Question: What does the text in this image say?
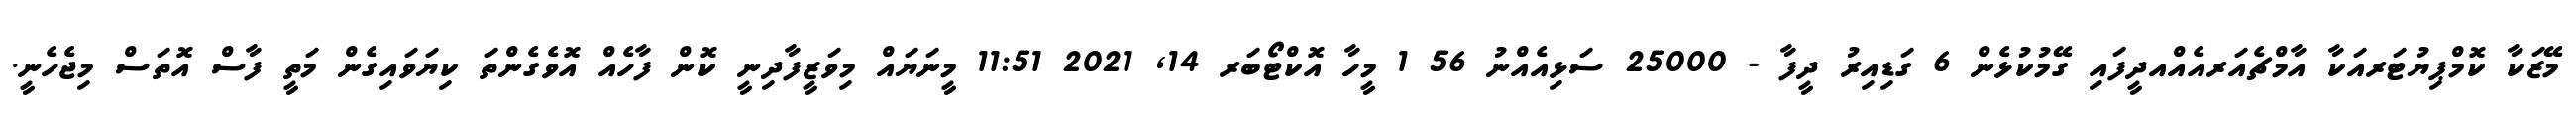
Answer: މޭޒަކާ ކޮމްޕިޔުޓަރއަކާ އާމްޗެއަރއެއްއދީފައި ގޭމުކުޅެން 6 ގަޑިއިރު ދީފާ - 25000 ސަޅިއެއްނު 56 1 މީހާ އޮކްޓޯބަރ 14, 2021 11:51 މީނަޔައް މިވަޒީފާދިނީ ކޮން ފާހެއް އޮވެގެންތަ ކިޔަވައިގެން މަތީ ފާސް އޮތަސް މިޖެހެނީ.